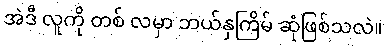
အဲဒီ လူကို တစ် လမှာ ဘယ်နှကြိမ် ဆုံဖြစ်သလဲ။